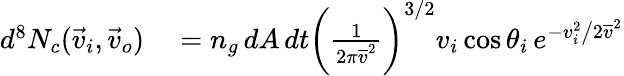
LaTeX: \begin{array}{rl}{d^{8}N_{c}(\vec{v}_{i},\vec{v}_{o})}&{{}=n_{g}\, dA\, dt\bigg(\frac{1}{2\pi\overline{{v}}^{2}}\bigg)^{3/2}v_{i}\, \mathrm{cos}\, \theta_{i}\, e^{-v_{i}^{2}\big/2\overline{{v}}^{2}}}\end{array}